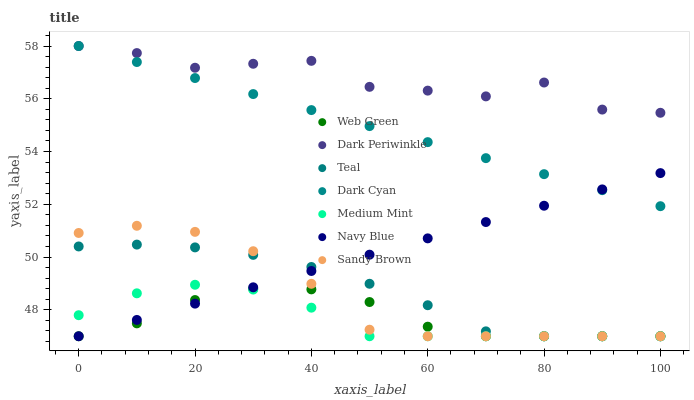
| xaxis_label | Web Green | Dark Periwinkle | Teal | Dark Cyan | Medium Mint | Navy Blue | Sandy Brown |
 | --- | --- | --- | --- | --- | --- | --- | --- |
 | 0 | 47 | 58 | 50.4 | 58 | 47.8 | 47 | 50.9 |
 | 10 | 47.5 | 57.7 | 50.5 | 57.4 | 48.6 | 47.6 | 51.2 |
 | 20 | 48.4 | 57.2 | 50.4 | 56.8 | 49 | 48.2 | 51 |
 | 30 | 48.8 | 57.3 | 50.1 | 56.2 | 48.8 | 48.9 | 50.2 |
 | 40 | 48.8 | 57.4 | 49.6 | 55.6 | 48.1 | 49.5 | 49 |
 | 50 | 48.3 | 56.5 | 49 | 55 | 47 | 50.1 | 47.2 |
 | 60 | 47.4 | 56.3 | 48.2 | 54.4 | 47 | 50.7 | 47 |
 | 70 | 47 | 56.1 | 47.2 | 53.8 | 47 | 51.3 | 47 |
 | 80 | 47 | 56.6 | 47 | 53.1 | 47 | 51.9 | 47 |
 | 90 | 47 | 55.6 | 47 | 52.5 | 47 | 52.6 | 47 |
 | 100 | 47 | 55.5 | 47 | 51.9 | 47 | 53.2 | 47 |